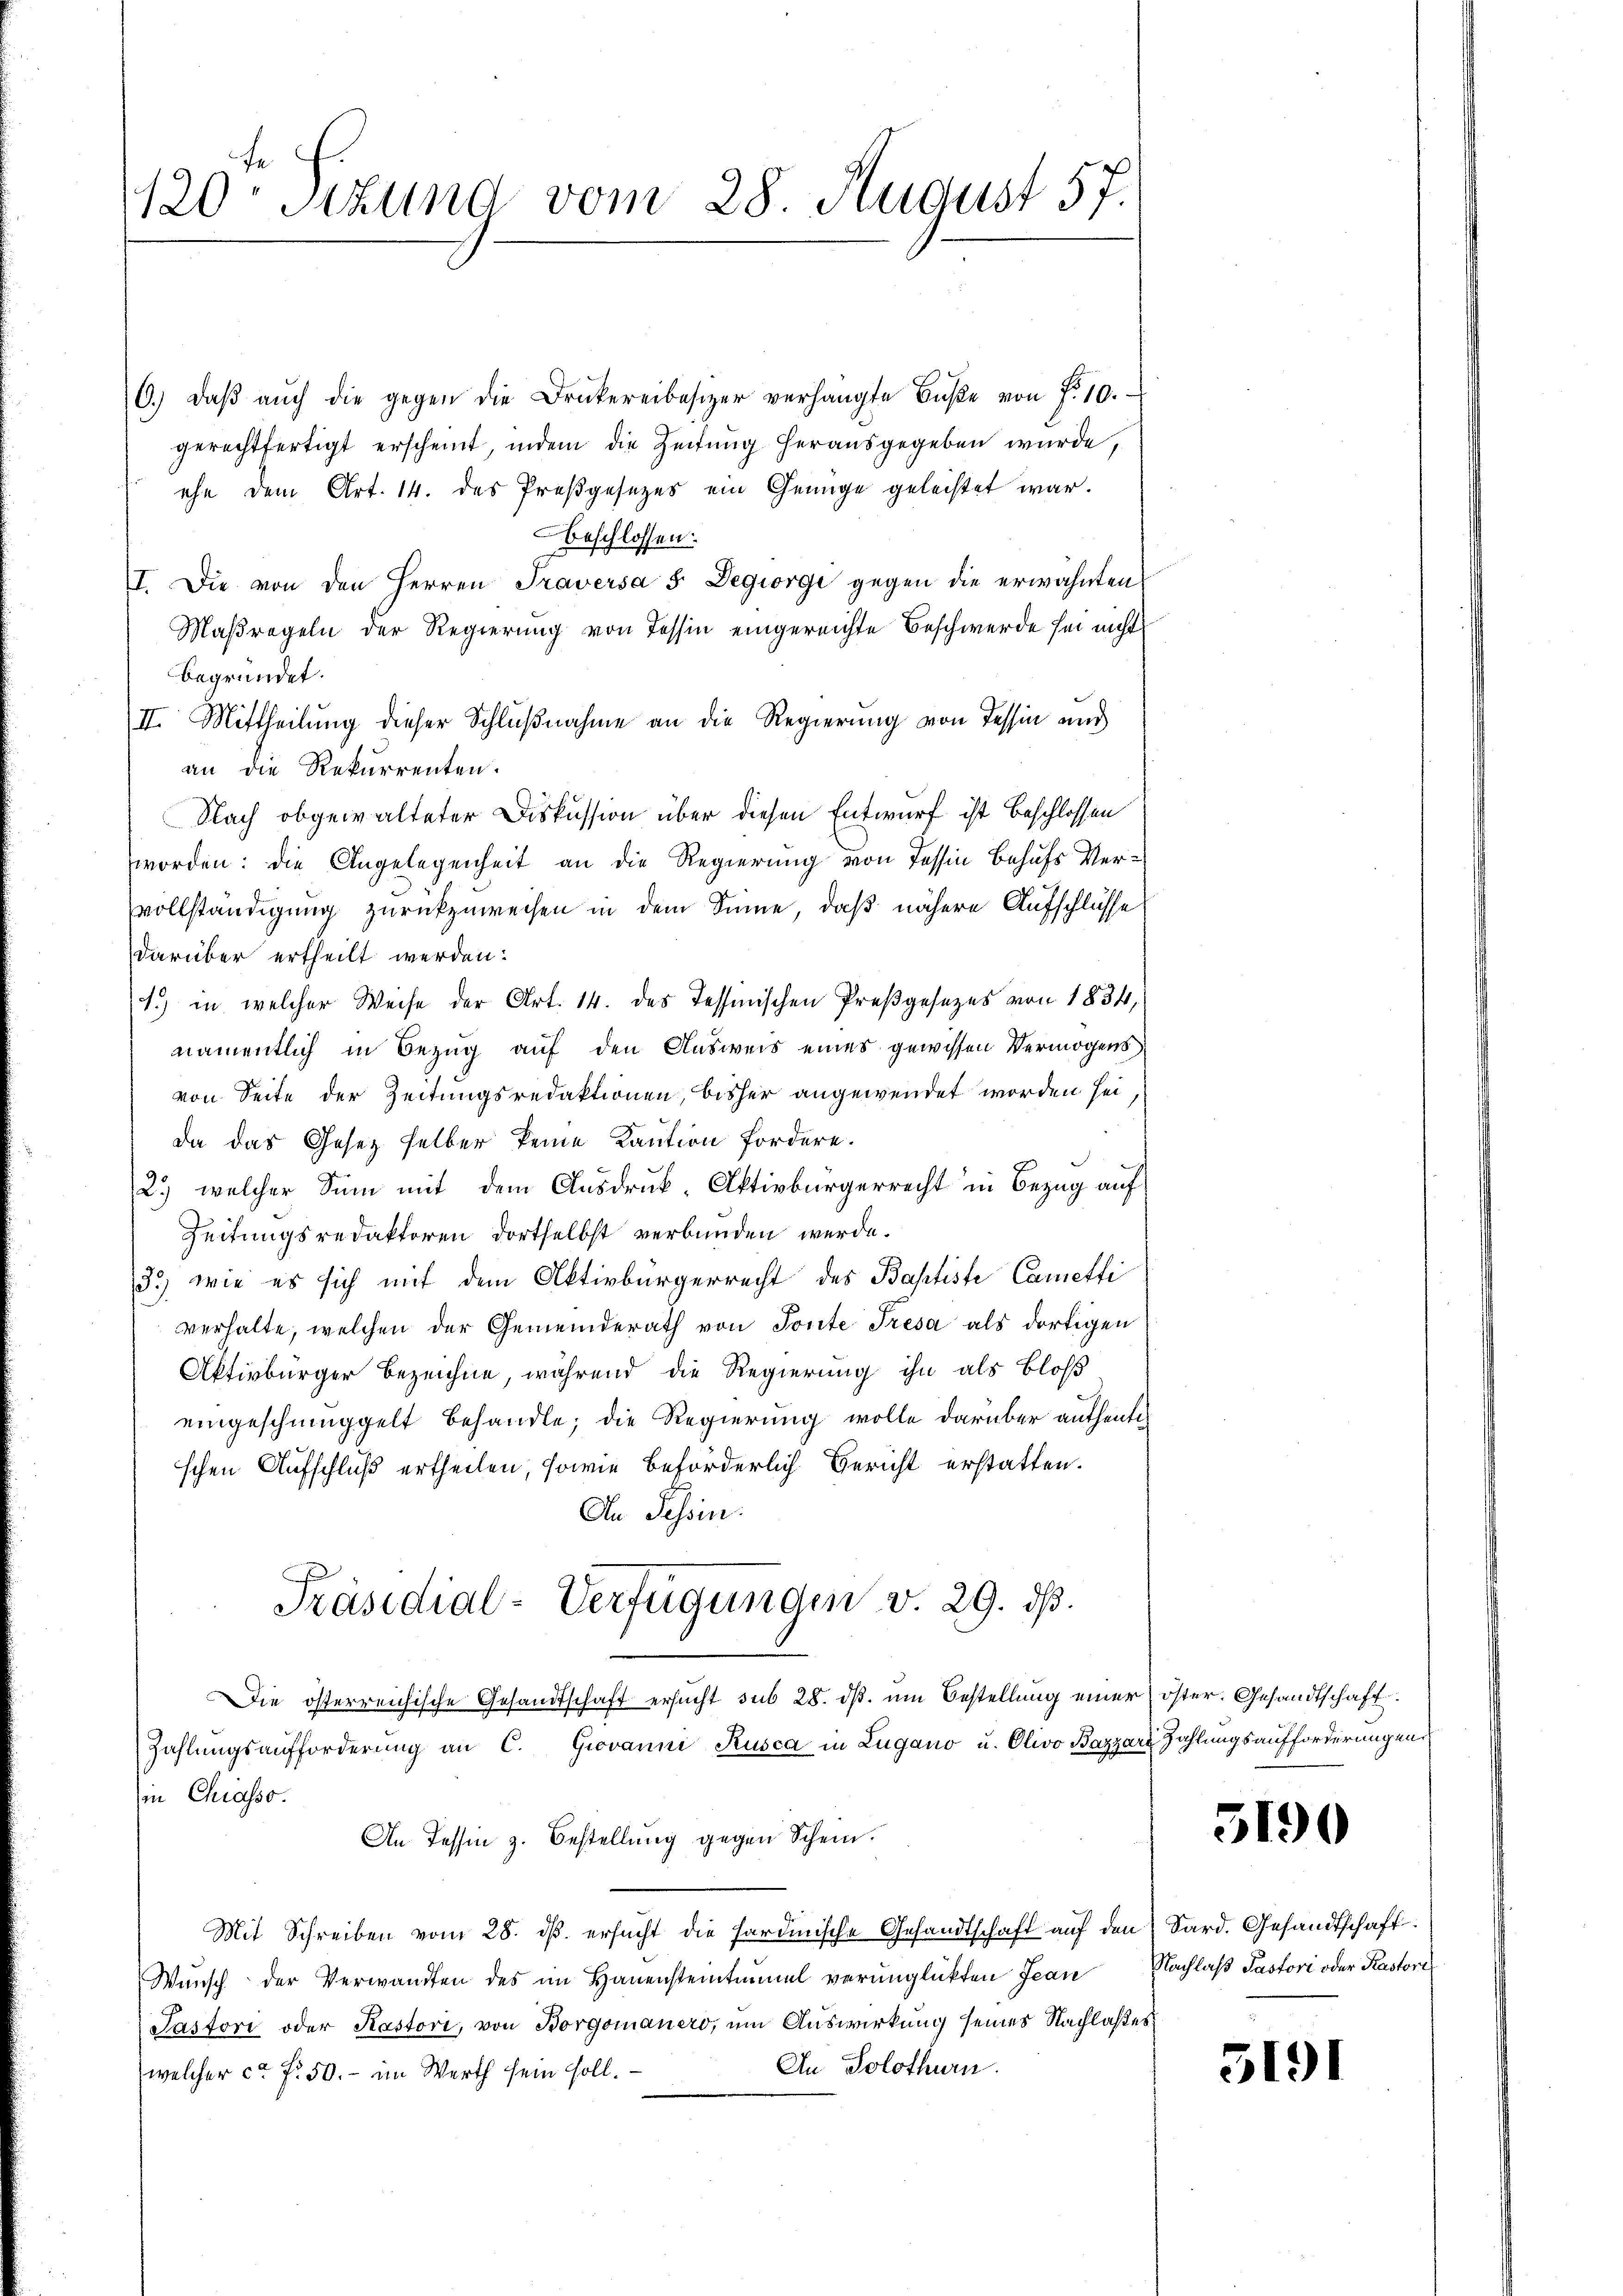
120. Sitzung vom 28. August 57.

C.) daβ aŭch die gegen die Druckereibesizer verhängte Bŭβe von f. 10.
gerechtfertigt erscheint, indem die Zeitung herausgegeben wurde,
ehe dem Art. 14. des Preßgesezes ein Genüge geleistet war.
beschlossen:
I. Die von den Herren Traversa 5 Degiorgi gegen die erwähnten
Maßregeln der Regierung von Tessin eingereichte Beschwerde sei nicht
begründet.
II. Mittheilung dieser Schlußnahme an die Regierung von Tessin und
an die Rekurrenten.
Nach obgewalteter Diskussion über diesen Entwurf ist beschlossen
worden: die Angelegenheit an die Regierung von Tessin Behufs Vervollständigung zurückzuweisen in dem Sinne, daß nähere Aufschlüsse
darüber ertheilt werden.
1.) in welcher Weise der Art. 14. des Tessinischen Preßgesezes von 1834,
namentlich in Bezug auf den Ausweis eines gewissen Vermögens
von Seite der Zeitungsredaktionen, bisher angewendet worden sei
da das Gesetz selber keine Kaution fordere.
2.) welcher Sinn mit dem Ausdruck, Aktivbürgerrecht in Bezug auf
Zeitungsredaktoren dortselbst verbunden werde.
3.) wie es sich mit dem Aktivbürgerrecht des Baptiste Cametti
verhalte, welchen der Gemeinderath von Tonte Tresa als dortigen
Aktivbürger bezeichne, während die Regierung ihn als bloß
eingeschmuggelt behandle, die Regierung wolle darüber authentischen Aufschluß ertheilen, sowie beförderlich Bericht erstatten.
An Tessin.
Präsidial-Verfügungen v. 29. ds.
Die österreichische Gesandtschaft ersucht sub 28. dβ. um Bestellung einer öster. Gesandtschaft
Zahlungsaufforderung an C. Giovanni Rusca in Lugano u. Olivo Bazzari Zahlungsaufforderungen
in Chiasso.
An Tessin z. Bestellung gegen Schein.
Mit Schreiben vom 28. ds. ersucht die Sardinische Gesandtschaft auf den Sard. Gesandtschaft.
Wŭnsch der Verwandten des im Haŭensteintimel verunglückten Jean Nachlaß Pastori oder Kastori
Pastori oder Kastori, von Borgomaners, um Auswirkung seines Nachlasses
An Solothurn.
welcher ca Fr. 50. - im Werth sein soll.

5190

5191